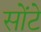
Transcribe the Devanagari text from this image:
सोंटे